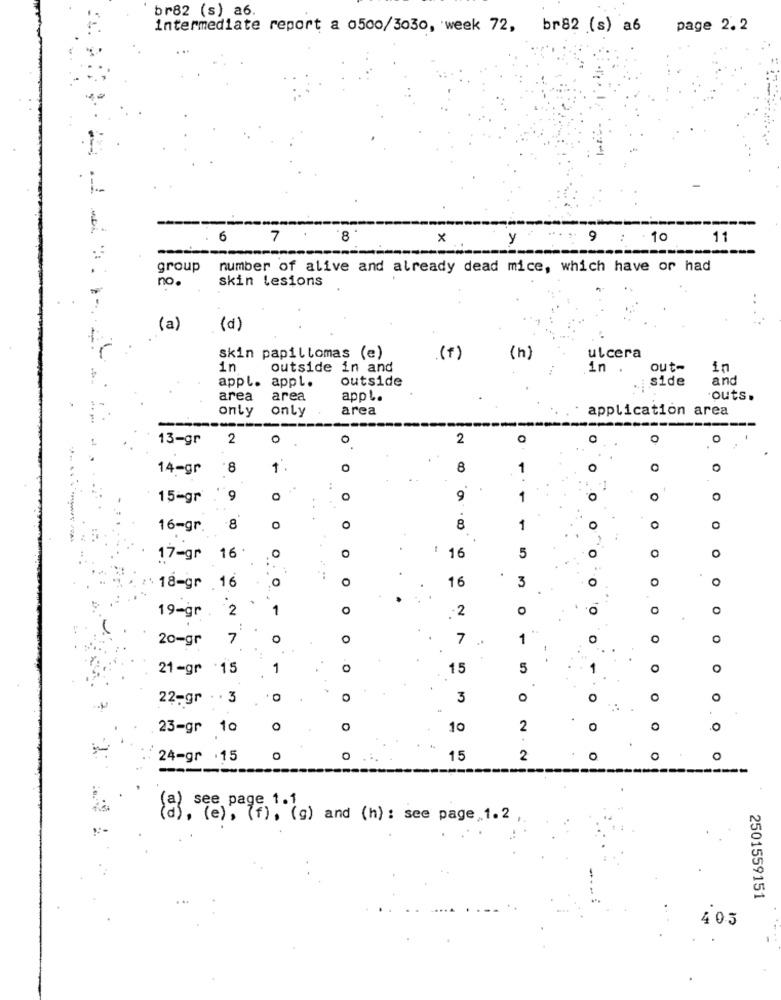
br82 (s) a6.
intermediate report a 0500/3030, week 72, br82 (s) a6
page 2.2
6
7
×
y
9
: - 10
11
group
number of alive and already dead mice, which have or had
no.
skin lesions
(a)
(d)
skin papillomas (e)
(f)
(h)
ulcera
in
outside in and
in .
out-
in
appl. appl.
outside
side
and
area
area
app !.
outs.
only
only
area
application area
13-gr
2
0
0
2
O
O
14-gr
8
1.
8
1
0
15-gr
9
9
1
0
16-gr
-8
0
0
8
1
0
0
----
: 16
O
O
17-gr 16 .
0
O
5
0
16
3
0
O
18-gr 16
.0
19-gr
2
1
0
-2
O
20-gr
7
0
7
1
O
.
-.
21-gr :15
1
0
15
5
1
O
22-gr . . 3
3
O
O
23-gr 10
o
10
2
0
O
0
24-gr .15
O
O
15
2
O
------
see page 1.1
(a), (e), (f), (g) and (h) : see page, 1.2 ,
2501559151
403